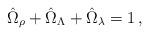
LaTeX: \begin{align*}\hat{\Omega}_\rho+\hat{\Omega}_\Lambda+\hat{\Omega}_\lambda=1\,,\end{align*}